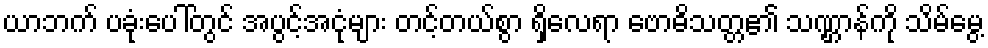
ယာဘက် ပခုံးပေါ်တွင် အပွင့်အငုံများ တင့်တယ်စွာ ရှိလေရာ ဗောဓိသတ္တ၏ သဏ္ဌာန်ကို သိမ်မွေ့